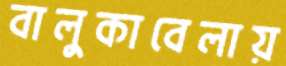
বালুকাবেলায়